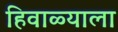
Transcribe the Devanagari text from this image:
हिवाळ्याला